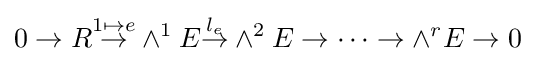
0\to R{\overset {1\mapsto e}{\to }}\wedge ^{1}E{\overset {l_{e}}{\to }}\wedge ^{2}E\to \cdots \to \wedge ^{r}E\to 0